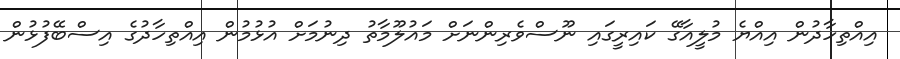
އިއްތިހާދުން އިއްޔެ މުލީއާގޭ ކައިރީގައި ނޫސްވެރިންނަށް މައުލޫމާތު ދިނުމަށް އުޅުމުން އިއްތިހާދުގެ އިސްބޭފުޅުން